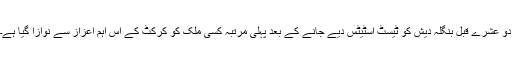
دو عشرے قبل بنگلہ دیش کو ٹیسٹ اسٹیٹس دیے جانے کے بعد پہلی مرتبہ کسی ملک کو کرکٹ کے اس اہم اعزاز سے نوازا گیا ہے۔